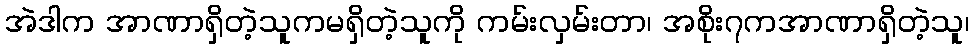
အဲဒါက အာဏာရှိတဲ့သူကမရှိတဲ့သူကို ကမ်းလှမ်းတာ၊ အစိုး၇ကအာဏာရှိတဲ့သူ၊